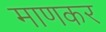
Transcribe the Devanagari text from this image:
माणकर